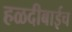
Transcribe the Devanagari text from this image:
हळदीबाईच